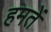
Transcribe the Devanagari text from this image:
हमतें